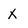
Character: x